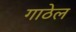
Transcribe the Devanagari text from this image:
गाठेल